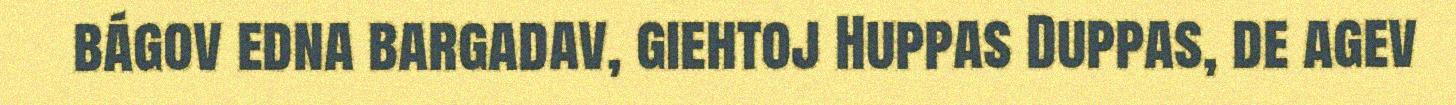
bágov edna bargadav, giehtoj Huppas Duppas, de agev